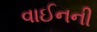
વાઈનની